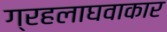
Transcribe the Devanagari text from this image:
ग्रहलाघवाकार